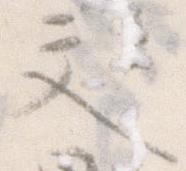
文